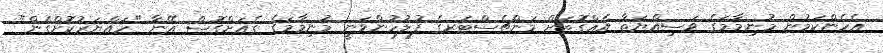
އެހެންކަމުން މުނިމާމަގެ ވަސިއްޔަތާ އެއްގޮތަށް މަންޗެސްޓަރގެ ފުލުހުންވަނީ މުނިމާމަގެ ގެއަށްގޮސް އޭނާ "ހައްޔަރުކޮށްގެން"